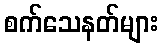
စက်သေနတ်များ